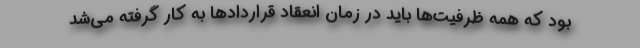
بود که همه ظرفیت‌ها باید در زمان انعقاد قراردادها به کار گرفته می‌شد